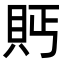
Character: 𮙴